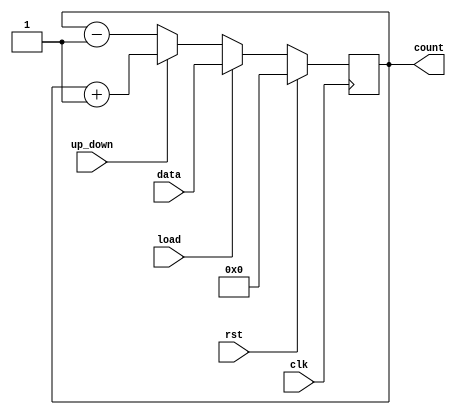
module sync4bit (
    input clk, rst, load, up_down, input [3:0] data, output reg [3:0] count
);
    always @(posedge clk) begin
        if(rst)
        count <= 0;
        else if(load)
        count <= data;
        else if(up_down)
        count <= count+1;
        else
        count <= count-1;
    end
endmodule